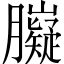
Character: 𦢾